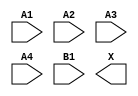
module sky130_fd_sc_hs__a41o (
    //# {{data|Data Signals}}
    input  A1,
    input  A2,
    input  A3,
    input  A4,
    input  B1,
    output X
);

    // Voltage supply signals
    supply1 VPWR;
    supply0 VGND;

endmodule